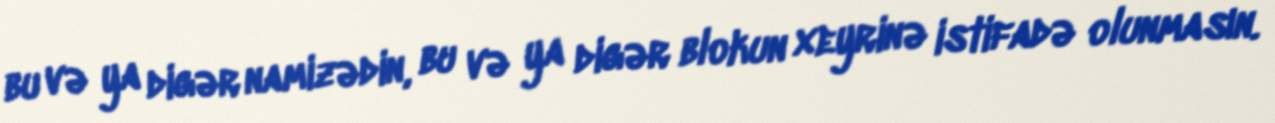
bu və ya digər namizədin, bu və ya digər blokun xeyrinə istifadə olunmasın.